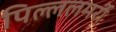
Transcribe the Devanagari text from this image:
पिल्ललमर्री